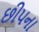
છીપના